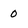
Character: 0